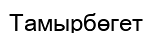
Тамырбөгет